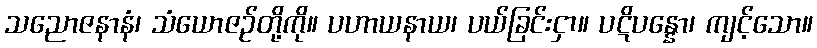
သညောဇနာနံ၊ သံယောဇဉ်တို့ကို။ ပဟာယနာယ၊ ပယ်ခြင်းငှာ။ ပဋိပန္နော၊ ကျင့်သော။